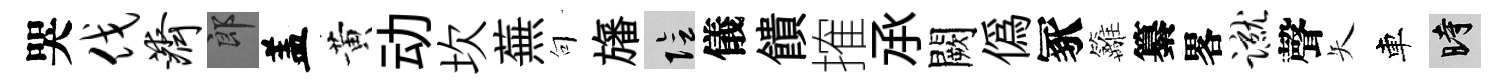
哭伐济郎盖黄动坎蕪句旛隂儀饋搉𠄘闕僞冢籬纂畧蹴聲矢車时